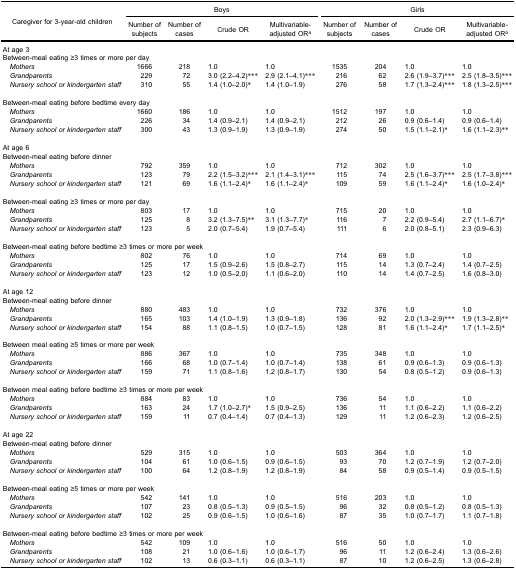
<table><thead><tr><td rowspan="3"><b>Caregiver for 3-year-old children</b></td><td colspan="4"><b>Boys</b></td><td colspan="4"><b>Girls</b></td></tr><tr><td><b>Number ofsubjects</b></td><td><b>Number ofcases</b></td><td><b>Crude OR</b></td><td><b>Multivariable-adjusted OR<sup>a</sup></b></td><td><b>Number ofsubjects</b></td><td><b>Number ofcases</b></td><td><b>Crude OR</b></td><td><b>Multivariable-adjusted OR<sup>a</sup></b></td></tr></thead><tbody><tr><td colspan="9">At age 3</td></tr><tr><td colspan="9">Between-meal eating ≥3 times or more per day</td></tr><tr><td> <i>Mothers</i></td><td>1666</td><td>218</td><td>1.0</td><td>1.0</td><td>1535</td><td>204</td><td>1.0</td><td>1.0</td></tr><tr><td> <i>Grandparents</i></td><td>229</td><td>72</td><td>3.0 (2.2–4.2)***</td><td>2.9 (2.1–4.1)***</td><td>216</td><td>62</td><td>2.6 (1.9–3.7)***</td><td>2.5 (1.8–3.5)***</td></tr><tr><td> <i>Nursery school or kindergarten staff</i></td><td>310</td><td>55</td><td>1.4 (1.0–2.0)*</td><td>1.4 (1.0–1.9)</td><td>276</td><td>58</td><td>1.7 (1.3–2.4)***</td><td>1.8 (1.3–2.5)***</td></tr><tr><td colspan="9">Between-meal eating before bedtime every day</td></tr><tr><td> <i>Mothers</i></td><td>1660</td><td>186</td><td>1.0</td><td>1.0</td><td>1512</td><td>197</td><td>1.0</td><td>1.0</td></tr><tr><td> <i>Grandparents</i></td><td>226</td><td>34</td><td>1.4 (0.9–2.1)</td><td>1.4 (0.9–2.1)</td><td>212</td><td>26</td><td>0.9 (0.6–1.4)</td><td>0.9 (0.6–1.4)</td></tr><tr><td> <i>Nursery school or kindergarten staff</i></td><td>300</td><td>43</td><td>1.3 (0.9–1.9)</td><td>1.3 (0.9–1.9)</td><td>274</td><td>50</td><td>1.5 (1.1–2.1)*</td><td>1.6 (1.1–2.3)**</td></tr><tr><td colspan="9">At age 6</td></tr><tr><td colspan="9">Between-meal eating before dinner</td></tr><tr><td> <i>Mothers</i></td><td>792</td><td>359</td><td>1.0</td><td>1.0</td><td>712</td><td>302</td><td>1.0</td><td>1.0</td></tr><tr><td> <i>Grandparents</i></td><td>123</td><td>79</td><td>2.2 (1.5–3.2)***</td><td>2.1 (1.4–3.1)***</td><td>115</td><td>74</td><td>2.5 (1.6–3.7)***</td><td>2.5 (1.7–3.8)***</td></tr><tr><td> <i>Nursery school or kindergarten staff</i></td><td>121</td><td>69</td><td>1.6 (1.1–2.4)*</td><td>1.6 (1.1–2.4)*</td><td>109</td><td>59</td><td>1.6 (1.1–2.4)*</td><td>1.6 (1.0–2.4)*</td></tr><tr><td colspan="9">Between-meal eating ≥3 times or more per day</td></tr><tr><td> <i>Mothers</i></td><td>803</td><td>17</td><td>1.0</td><td>1.0</td><td>715</td><td>20</td><td>1.0</td><td>1.0</td></tr><tr><td> <i>Grandparents</i></td><td>125</td><td>8</td><td>3.2 (1.3–7.5)**</td><td>3.1 (1.3–7.7)*</td><td>116</td><td>7</td><td>2.2 (0.9–5.4)</td><td>2.7 (1.1–6.7)*</td></tr><tr><td> <i>Nursery school or kindergarten staff</i></td><td>123</td><td>5</td><td>2.0 (0.7–5.4)</td><td>1.9 (0.7–5.4)</td><td>111</td><td>6</td><td>2.0 (0.8–5.1)</td><td>2.3 (0.9–6.3)</td></tr><tr><td colspan="9">Between-meal eating before bedtime ≥3 times or more per week</td></tr><tr><td> <i>Mothers</i></td><td>802</td><td>76</td><td>1.0</td><td>1.0</td><td>714</td><td>69</td><td>1.0</td><td>1.0</td></tr><tr><td> <i>Grandparents</i></td><td>125</td><td>17</td><td>1.5 (0.9–2.6)</td><td>1.5 (0.8–2.7)</td><td>115</td><td>14</td><td>1.3 (0.7–2.4)</td><td>1.4 (0.7–2.5)</td></tr><tr><td> <i>Nursery school or kindergarten staff</i></td><td>123</td><td>12</td><td>1.0 (0.5–2.0)</td><td>1.1 (0.6–2.0)</td><td>110</td><td>14</td><td>1.4 (0.7–2.5)</td><td>1.6 (0.8–3.0)</td></tr><tr><td colspan="9">At age 12</td></tr><tr><td colspan="9">Between-meal eating before dinner</td></tr><tr><td> <i>Mothers</i></td><td>880</td><td>483</td><td>1.0</td><td>1.0</td><td>732</td><td>376</td><td>1.0</td><td>1.0</td></tr><tr><td> <i>Grandparents</i></td><td>165</td><td>103</td><td>1.4 (1.0–1.9)</td><td>1.3 (0.9–1.8)</td><td>136</td><td>92</td><td>2.0 (1.3–2.9)***</td><td>1.9 (1.3–2.8)**</td></tr><tr><td> <i>Nursery school or kindergarten staff</i></td><td>154</td><td>88</td><td>1.1 (0.8–1.5)</td><td>1.0 (0.7–1.5)</td><td>128</td><td>81</td><td>1.6 (1.1–2.4)*</td><td>1.7 (1.1–2.5)*</td></tr><tr><td colspan="9">Between meal eating ≥5 times or more per week</td></tr><tr><td> <i>Mothers</i></td><td>886</td><td>367</td><td>1.0</td><td>1.0</td><td>735</td><td>348</td><td>1.0</td><td>1.0</td></tr><tr><td> <i>Grandparents</i></td><td>166</td><td>68</td><td>1.0 (0.7–1.4)</td><td>1.0 (0.7–1.4)</td><td>138</td><td>61</td><td>0.9 (0.6–1.3)</td><td>0.9 (0.6–1.3)</td></tr><tr><td> <i>Nursery school or kindergarten staff</i></td><td>159</td><td>71</td><td>1.1 (0.8–1.6)</td><td>1.2 (0.8–1.7)</td><td>130</td><td>54</td><td>0.8 (0.5–1.2)</td><td>0.9 (0.6–1.3)</td></tr><tr><td colspan="9">Between meal eating before bedtime ≥3 times or more per week</td></tr><tr><td> <i>Mothers</i></td><td>884</td><td>83</td><td>1.0</td><td>1.0</td><td>736</td><td>54</td><td>1.0</td><td>1.0</td></tr><tr><td> <i>Grandparents</i></td><td>163</td><td>24</td><td>1.7 (1.0–2.7)*</td><td>1.5 (0.9–2.5)</td><td>136</td><td>11</td><td>1.1 (0.6–2.2)</td><td>1.1 (0.6–2.2)</td></tr><tr><td> <i>Nursery school or kindergarten staff</i></td><td>159</td><td>11</td><td>0.7 (0.4–1.4)</td><td>0.7 (0.4–1.3)</td><td>129</td><td>11</td><td>1.2 (0.6–2.3)</td><td>1.2 (0.6–2.5)</td></tr><tr><td colspan="9">At age 22</td></tr><tr><td colspan="9">Between-meal eating before dinner</td></tr><tr><td> <i>Mothers</i></td><td>529</td><td>315</td><td>1.0</td><td>1.0</td><td>503</td><td>364</td><td>1.0</td><td>1.0</td></tr><tr><td> <i>Grandparents</i></td><td>104</td><td>61</td><td>1.0 (0.6–1.5)</td><td>0.9 (0.6–1.5)</td><td>93</td><td>70</td><td>1.2 (0.7–1.9)</td><td>1.2 (0.7–2.0)</td></tr><tr><td> <i>Nursery school or kindergarten staff</i></td><td>100</td><td>64</td><td>1.2 (0.8–1.9)</td><td>1.2 (0.8–1.9)</td><td>84</td><td>58</td><td>0.9 (0.5–1.4)</td><td>0.9 (0.5–1.5)</td></tr><tr><td colspan="9">Between-meal eating ≥5 times or more per week</td></tr><tr><td> <i>Mothers</i></td><td>542</td><td>141</td><td>1.0</td><td>1.0</td><td>516</td><td>203</td><td>1.0</td><td>1.0</td></tr><tr><td> <i>Grandparents</i></td><td>107</td><td>23</td><td>0.8 (0.5–1.3)</td><td>0.9 (0.5–1.5)</td><td>96</td><td>32</td><td>0.8 (0.5–1.2)</td><td>0.8 (0.5–1.3)</td></tr><tr><td> <i>Nursery school or kindergarten staff</i></td><td>102</td><td>25</td><td>0.9 (0.6–1.5)</td><td>1.0 (0.6–1.6)</td><td>87</td><td>35</td><td>1.0 (0.7–1.7)</td><td>1.1 (0.7–1.8)</td></tr><tr><td colspan="9">Between-meal eating before bedtime ≥3 times or more per week</td></tr><tr><td> <i>Mothers</i></td><td>542</td><td>109</td><td>1.0</td><td>1.0</td><td>516</td><td>50</td><td>1.0</td><td>1.0</td></tr><tr><td> <i>Grandparents</i></td><td>108</td><td>21</td><td>1.0 (0.6–1.6)</td><td>1.0 (0.6–1.7)</td><td>96</td><td>11</td><td>1.2 (0.6–2.4)</td><td>1.3 (0.6–2.6)</td></tr><tr><td> <i>Nursery school or kindergarten staff</i></td><td>102</td><td>13</td><td>0.6 (0.3–1.1)</td><td>0.6 (0.3–1.1)</td><td>87</td><td>10</td><td>1.2 (0.6–2.5)</td><td>1.3 (0.6–2.8)</td></tr></tbody></table>